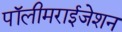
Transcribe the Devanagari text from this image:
पॉलीमराईजेशन